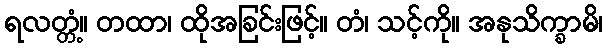
ရလတ္တံ့။ တထာ၊ ထိုအခြင်းဖြင့်။ တံ၊ သင့်ကို။ အနုသိက္ခာမိ၊